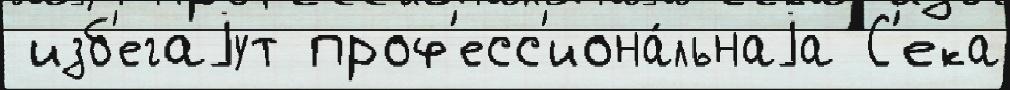
 изб'егаjут проф'есс'иона́льнаjа С'ека